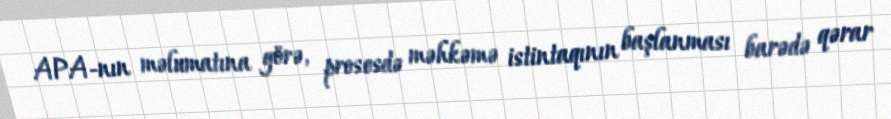
APA-nın məlumatına görə, prosesdə məhkəmə istintaqının başlanması barədə qərar